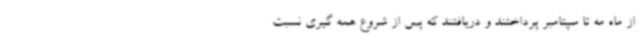
از ماه مه تا سپتامبر پرداختند و دریافتند که پس از شروع همه گیری نسبت